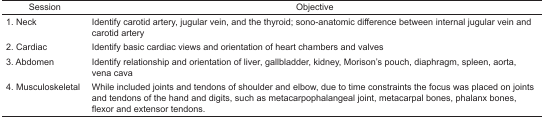
| Session | Objective |
 | --- | --- |
 | 1. Neck | Identify carotid artery, jugular vein, and the thyroid; sono-anatomic difference between internal jugular vein and carotid artery |
 | 2. Cardiac | Identify basic cardiac views and orientation of heart chambers and valves |
 | 3. Abdomen | Identify relationship and orientation of liver, gallbladder, kidney, Morison’s pouch, diaphragm, spleen, aorta, vena cava |
 | 4. Musculoskeletal | While included joints and tendons of shoulder and elbow, due to time constraints the focus was placed on joints and tendons of the hand and digits, such as metacarpophalangeal joint, metacarpal bones, phalanx bones, flexor and extensor tendons. |